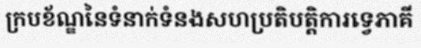
ក្របខ័ណ្ឌនៃទំនាក់ទំនងសហប្រតិបត្តិការទ្វេភាគី